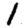
Digit: 1